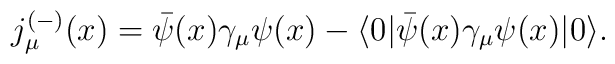
j^{(-)}_{\mu}(x)=\bar{\psi}(x)\gamma_{\mu}\psi(x)-\langle 0|\bar{\psi}(x)\gamma_{\mu}\psi(x) |0\rangle.